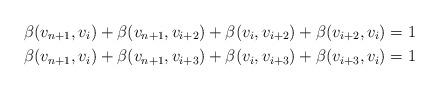
LaTeX: \begin{align*}\beta(v_{n+1},v_{i})+\beta(v_{n+1},v_{i+2})+\beta(v_{i},v_{i+2})+\beta(v_{i+2},v_{i}) & =1\\\beta(v_{n+1},v_{i})+\beta(v_{n+1},v_{i+3})+\beta(v_{i},v_{i+3})+\beta(v_{i+3},v_{i}) & =1\end{align*}